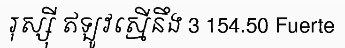
រុស្ស៊ី ឥឡូវស្មើនឹង 3 154.50 Fuerte